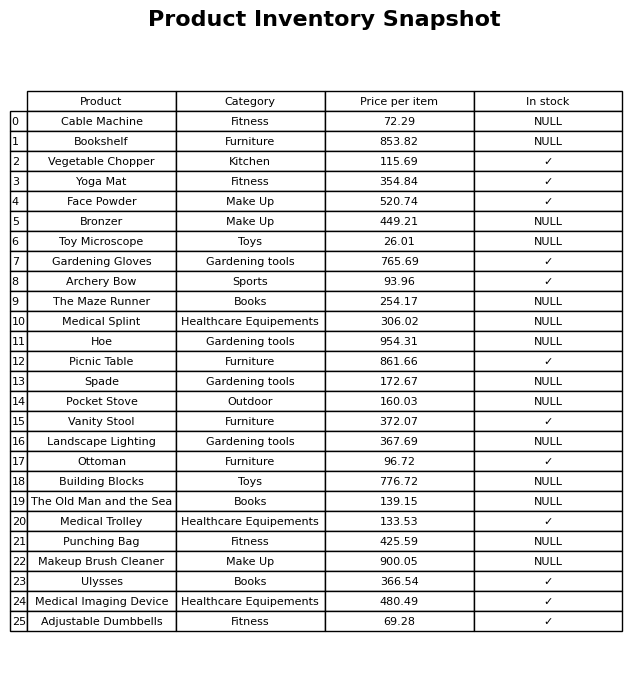
question: What is the price of the Adjustable Dumbbells?
answer: The price of Adjustable Dumbbells is 69.28.